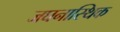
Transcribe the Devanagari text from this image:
जघनास्थिक